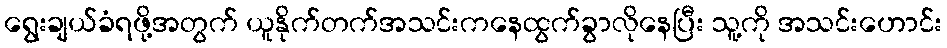
ရွေးချယ်ခံရဖို့အတွက် ယူနိုက်တက်အသင်းကနေထွက်ခွာလိုနေပြီး သူ့ကို အသင်းဟောင်း